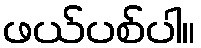
ဖယ်ပစ်ပါ။